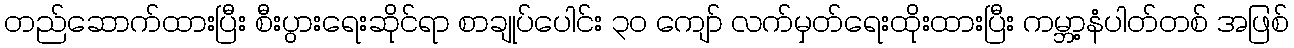
တည်ဆောက်ထားပြီး စီးပွားရေးဆိုင်ရာ စာချုပ်ပေါင်း ၃၀ ကျော် လက်မှတ်ရေးထိုးထားပြီး ကမ္ဘာ့နံပါတ်တစ် အဖြစ်